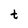
Character: t